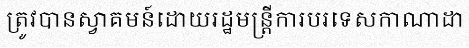
ត្រូវបានស្វាគមន៍ដោយរដ្ឋមន្ត្រីការបរទេសកាណាដា